Lunatic asylums Bombay report 1878-1890 - 1878-1890
Year: 1878
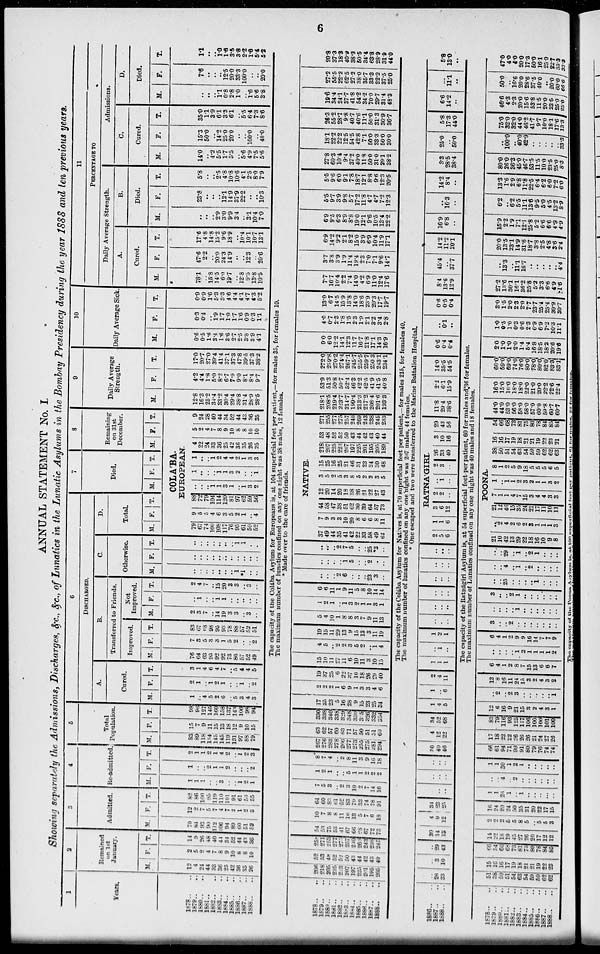
6
ANNUAL STATEMENT No. I.
Showing separately the Admissions, Discharges, &c., &c., of Lunatics in the Lunatic Asylums in the Bombay Presidency during the year 1888 and ten previous years.
1
Years.
1878.. ..
1879.. ..
1880.. ..
1881.. ..
1882.. ..
1883.. ..
1884.. ..
1885.. ..
1886.. ..
1887.. ..
1888.. ..
2
Remained
on 1st
January.
M.
12
4
24
44
33
36
25
42
36
35
26
F.
2
5
2
4
7
8
9
10
8
8
10
T.
14
9
26
48
40
44
34
52
44
43
36
3
Admitted.
M.
70
84
93
90
112
106
94
89
60
51
52
F.
12
2
7
5
7
4
7
2 1
2
3
T.
82
86
100
95
119
110
101
91
61
53
55
4
Re-admitted.
M.
1
1
1
..
.. 3
..
.. 1
2
1
F.
1
..
.. 2
1
1
2
..
..
.. 2
T.
2
1
1
2
1
4
2
.. 1
2
3
5
Total
Population.
M.
83
89
118
134
145
145
119
131
97
88
79
F.
15
7
9
11
15
13
18
12
9
10
15
T.
98
96
127
145
160
158
137
143
106
98
94
6
DISCHARGED.
A.
Cured.
M.
1
.. 4
5
2
6
.. 5
3
4
3
F.
2
1
.. 1
2
1
..
.. 1
.. 2
T.
3
1
4
6 4
7
.. 5
4
4
5
B.
Transferred to Friends.
Improved.
M.
76
64
63
95
92
92
73
86
57
52
49
F.
7
3
5
3
3
1
5
2
..
.. 2
T.
83
67
68
98
95
93
78
88
57
52
51
Not
Improved.
M.
2
3
7
.. 14
19
3
3
.. 3
..
F.
..
1
..
.. 1
1
..
.. ..
..
..
T.
2
4
7
.. 15
20
3
3
.. 3
..
C.
Otherwise.
M.
..
..
..
..
..
..
.. 1
1
..
..
F.
..
..
..
..
..
..
..
..
..
..
..
T.
..
..
..
..
..
..
.. 1
1
..
..
D.
Total.
M. F. T.
7
Died.
M. F. T.
8
Remaining
on 31st
December.
M. F. T.
COLA'BA.
EUROPEAN.
79
67
74
100
108
117
76
95
61
59
52
9
5
5
4
6
3
5
2
1
.. 4
88
72
79
104
114
120
81
97
62
59
56
..
..
.. 1
1
3
1
.. 1
3
2
1
..
..
.. 1 1
3
2
..
.. 1
1
..
.. 1
2
4
4
2
1
3
3
4
22
24
33
36
25
42
36
35
26
25
5
2
4
7
8
9
10
8
8
10
10
9
24
28
40
44
34
52
44
43
36
35
9
Daily Average
Strength.
M.
12.8
16.3
25.2
34.4
33.2
30.4
29.4
38.8
31.4
28.9
28.5
F.
4.2
4.4
1.8
5.0
8.2
6.7
7.9
9.0
8.1
8.4
9.7
T.
17.0
20.7
27.0
39.4
41.4
37.1
37.3
47.8
39.5
37.3
38.2
10
Daily Average Sick.
M.
0.6
0.5
1.6
3.4
1.6
3.6
2.7
2.5
3.8
3.9
4.1
F.
0.3
0.4
.. 1.9
1.7
1.0
1.7
1.6
0.9
0.3
1.1
T.
0.9
0.9
1.6
5.3
3.3
4.6
4.4
4.1
4.7
4.3
5.2
11
PERCENTAGE TO
Daily Average Strength.
A.
Cured.
M.
78.1
.. 15.8
14.5
6.0
19.7
.. 12.8
9.5
13.8
10.5
F.
47.6
2.2
.. 20.0
24.3
14..9
..
.. 123
.. 20.6
T.
17.6
4.8
14.8
15.2
9.6
18.9
.. 10.4
10.1
10.7
13.1
B.
Died.
M.
..
..
.. 2.9
3.0
9.9
3.4
.. 3.1
10.4
7.0
F.
23.8
..
..
.. 12.1
14.9
37.9
22.2
.. ..
10.3
T.
5.8
..
.. 2.5
4.8
10.8
10.6
4.1
2.5
8.0
7.9
Admissions.
C.
Cured.
M.
14.0
.. 4.2
5.5
1.7
5.5
.. 5.6
4.9
7.5
5.6
F.
15.3
50.0
.. 14.2
25.0
20.0
..
.. 100.0
40.0
T.
35.0
1.1
3.9
6.1
3.3
6.1
.. 5.5
6.4
7.3
8.6
D.
Died.
M.
..
.. 11
0.8
2.8
1.0
.. i.6
6 6
3.8
F.
7.6
..
..
.. 12.5
20.0
33.3
100.0
.. ..
20.0
T.
1.1
..
.. 1.0
1.6
3.5
3.8
2.2
1.6
5.4
5.2
The capacity of the Colába Asylum for Europeans is, at 104 superficial feet per patient,—for males 35, for females 10.
The maximum number of lunatics confined-on any one night was 38 males, 12 females.
* Made over to the care of friends.
1878.. ..
1879.. ..
1880 .. ..
1681.. ..
1882.. ..
1883.. ..
1884.. ..
1885.. ..
1886.. ..
1887.. ..
1888
..
..
206
218
205
225
223
207
197
225
2.1
195
205
52
53
48
52
52
50
43
44
42
43
40
258
271
253
277
275
257
240
269
243
238
245
54
53
75
53
41
67
60
28
67
72
73
10
7
8
8
11
16
13
5
7
6
18
64
60
83
61
52 83
79
33
74
78
91
7
5
3
... 2
3
10
2
7
14
16
1
2
1
..
.. 5
1
1
2
2
2
8
7
4
.. 2
8
11
3
9
16
18
267
276
283
278
266
277
273
255
275
281
294
63
62
57
60
63
71
57
50
51
51
60
330
338
340
338
329
348
330
305
326
332
354
17
35
23
5
16
28
9
15
23
25
34
2
2
2
1
6
9
1
3
3
4
6
19
37
25
6
22
37
10
18
26
29
40
15
10
11
27
11
6
10
11
3
10
15
4
5
.. 2
2
3
5
2
.. 1
4
19
15
11
29
13
9
15
13
3
11
19
5
4
10
1
8
8
3
7
9
11
13
1
2
1
.. 1
3
2
1
1
3
1
6
6
11
1
9
11
5
8
10
14
14
..
..
.. 2
6
..
..
.. 23
3
..
..
..
..
.. 1
5
..
.. 2
..
..
..
..
.. 2
7
5
..
.. 25
*3
..
NATIVE.
37
49
44
35
41
42
22
33
58
49
62
7
9
3
3
10
20
8
6
6
8
11
44
58
47
38
51
62
30
39
64
57
73
12
20
14
20
18
38
26
21
22
27
43
3
5
2
5
3
8
5
2
2
3
5
15
25
16
25
21
46
31
23
24
30
48
218
207
225
223
207
197
225
201
195
205
189
53
48
52
52
50
43
44
42
43
40
44
271
255
277
275
257
240
269
243
238
245
233
218.1
208.5
219.4
223.7
214.7
199.4
213.3
217.2
208.4
201.6
193.3
53.9
51.3
50.8
50.7
52.4
46.3
42.2
42.5
41.9
41.5
40.8
272.0
259.8
270.2
274.4
267.1
245.7
255.5
259.7
250.3
243.1
234.1
9.0
6.0
12.2
14.1
12.3
11.7
16.7
21.8
17.1
14.3
16.9
4.0
0.7
2.3
1.8
1.5
2.3
1.9
2.1
3.2
3.4
2.8
13.0
6.7
14.5
15.9
13.8
14.0
18.6
23.9
20.3
17.7
19.7
7.7
16.7
10.4
2.2
7.4
14.0
4.2
6.9
11.0
12.4
17.6
3.7
3.8
3.9
1.9
11.4
19.4
2.3
7.0
7.1
9.6
14.7
6.9
14.2
9.2
2.l
8.2
15.0
3.9
6.9
10.4
11.9
17.1
6.9
9.5
6.3
8.9
8.8
19.0
12.1
9.6
10.5
13.4
22.2
5.5
9.7
3.9
9.8
5.7
17.2
11.8
4.7
4.7
7.2
12.3
5.5
96
6.0
9.1
7.8
18.7
12.1
8.8
9.6
12.3
20.5
27.8
60.3
10.4
9.4
37.2
40.0
11.8
50.0
3.0
29.1
38.2
18.1
22.2
22.2
12.5
54.5
42.8
7.1
50.0
33.3
50.0
30.0
26.3
55.2
28.7
9.8
40.7
40.6
11.1
50.0
31.3
30.9
36.7
19.6
34.4
24.1
37.7
41.8
54.2
34.2
70.0
29.7
31.4
48.3
27.2
55.5
22.2
62.5
27.2
38.0
35.7
33.3
22.2
37.5
25.0
20.8
37.3
18.3
40.9
38.3
50.5
34.4
63.8
28.9
31.0
44.0
The capacity of the Colába Asylum for Natives is, at 70 superficial feet per patient,—for males 215, for females 40.
The maximum number of lunatics confined on any one night was 207 males, 44 females.
* One escaped and two were transferred to the Marine Battalion Hospital.
1886 .. ..
1887.. ..
1888.. ..
..
..
..
..
26
33
..
3
10
..
29
43
30
14
13
4
9
12
34
23
25
..
..
..
..
..
..
..
..
..
30
40
46
4
12
22
34
52
68
1
4
5
1
..
6
2
4
11
1
1
1
..
1
..
1
2
1
..
..
..
..
..
..
..
..
..
..
..
..
..
..
..
..
..
..
RATNA'GIRI.
2
5
6
1
1
6
3
6
12
2
2
..
..
1
..
2
3
..
26
33
40
3
10
16
29
43
15
11.8
29.4
38.6
2.2
6.1
15.3
14.0
35.5
54.5
06
0.4
0.4
..
0.1
..
0.6
0.5
0.4
8.4
13.6
..
45.4
..
37.7
14.2
11.2
20.1
16.9
6.8
..
..
16.3
..
14.2
8.4
..
3.3
28.5
38.4
25.0
..
50.0
5.8
17.3
44.0
6.6
14.2
..
...
11.1
..
5.8
13.0
..
The capacity of the Ratnágiri Asylum is, at 54 superficial feet per patient, 60 for males and 36 for females.
The maximum number of Lunatics confined on any one night was 40 males and 18 females.
1878.. ..
1879.. ..
1880.. ..
1881.. ..
1882.. ..
1883.. ..
1884.. ..
1885.. ..
1886.. ..
1887.. ..
1888.. ..
51
38
50
51
54
63
54
59
59
62
62
15
16
16
17
19
18
21
21
19
22
23
66
54
66 68
73 81
75
80
78
84
85
14
22
18
19
45
27
26
20
17
12
12
2
2
2
5
5
8
5
.. 5
5
3
16
24
20
24
50
35
31
20
22
17
15
1
1
26
1
.. 1
..
..
..
...
..
..
.. 4
.. 2
..
..
..
..
..
1
1
30
1
2
1
..
..
..
..
..
66
61
94
71
99
91
80
79
76
74
74
17
18
22
22
26
26
26
21
24
27
26
83
79
116
93
125
117
106
100
100
101
100
12
6
16
9
21
l5
3
2
4
3
1
..
2
.. 2
3
..
..
..
..
.. 1
12
8
16
11
24
15
3
2
4
3
2
6
4
1
2
8
7
15
13
6
6
7
..
..
..
.. 1
2
1
1
1
1
2
6
4
1
2
9
9
16
14
7
7
9
3
..
.. 2
..
..
..
..
..
..
..
..
..
..
.. 1
..
..
..
..
..
..
3
..
.. 2
1
..
..
..
..
..
..
..
.. 25
..
..
..
.. 1
..
..
..
..
.. 4
.. 1
.. 2
..
..
..
..
..
.. 29
.. 1
.. 2
1
..
..
..
POONA.
21
10
42
13
29
22
18
16
10
9
8
..
2
4
2
6
2
3
1
1
1
3
21
12
40
l5
35
24
21
17
11
10
11
7
1
1
4
7
15
3
4
4
3
3
1
.. 1 1
2
3
2
1
1
3
2
8
1
2
5
9
18
5
5
5
6
5
38
50
51
54
63
54
59
59
62
62
63
16
16
17
19
18
21
21
19
22
23
21
54
66
68
73
81
75
80
78
84
85
84
44.0
44.0
53.0
56.0
58.0
58.0
57.0
60.0
59.8
60.7
60.7
16.0
15.0
16.0
18.0
18.0
22.0
21.0
20.0
22.2
22.6
22.4
60.0
69.0
69.0
74.0
76.0
80.0
78.0
80.0
82.0
83.3
83.1
2.0
1.0
1.0
2.0
1.4
5.4
16.8
18.5
18.2
20.6
19.6
1.0
0.5
1.0
0.3
0.6
2.3
6.9
6.9
7.2
10.3
11.1
3.0
1.5
2.0
2.3
2.0
7.7
23.7
25.4
25.4
30.9
30.7
27.2
13.6
30.1
16.1
36.2
25.8
5.3
3.3
6.6
4.9
81.6
..
13.3
.. 11.1
16.7
..
..
.. ..
..
4.4
20.0
13.5
23.1
14.9
31.6
18.7
3.8
2.5
4.8
3.6
2.4
15.9
2.2
1.9
7.1
12.1
25.8
5.2
6.6
6.6
4.9
4.9
6.2
.. 6.2
5.5
11.1
13.6
9.5
5.0
4.5
13.2
8.9
13.3
1.6
2.9
6.8
11.8
22.5
6.4
6.2
6.0
7.2
6.0
80.0
26.0
36.3
45.0
46.7
53.5
11.5
10.0
23.5
25 0
8.3
..
100.0
.. 40.0
42.9
..
..
..
..
.. 33.3
75.0
32.0
82.0
44.0
46.2
41.7
9.7
10.0
18.1
17.6
13.3
46.6
4.3
2.3
20.0
15.6
53.8
11.5
20.0
23.5
25.0
25.0
50.0
..
16.6
20.0
28.6
37.5
40.0
.. 20.0
60.0
66.6
47.0
4.0
4.0
20.0
17.3
50.0
16.1
25.0
22.7
35.3
33.8
The capacity of the Poona Asylum is at 100 superficial feet per patient. 61 for males. 22 for females.